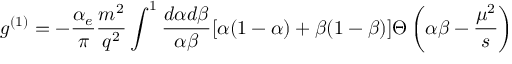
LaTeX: g ^ { ( 1 ) } = - \frac { \alpha _ { e } } { \pi } \frac { m ^ { 2 } } { q ^ { 2 } } \int ^ { 1 } \frac { d \alpha d \beta } { \alpha \beta } [ \alpha ( 1 - \alpha ) + \beta ( 1 - \beta ) ] \Theta \left( \alpha \beta - \frac { \mu ^ { 2 } } { s } \right)